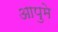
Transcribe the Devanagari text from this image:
आपुमे